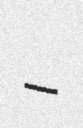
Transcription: –